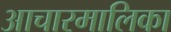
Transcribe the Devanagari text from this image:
आचारमालिका